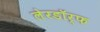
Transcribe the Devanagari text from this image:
लेरडॉर्फ